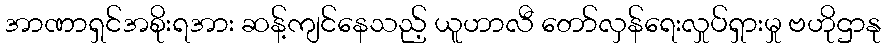
အာဏာရှင်အစိုးရအား ဆန့်ကျင်နေသည့် ယူဟာလီ တော်လှန်ရေးလှုပ်ရှားမှု ဗဟိုဌာနု